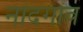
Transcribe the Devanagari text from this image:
नांदगांव